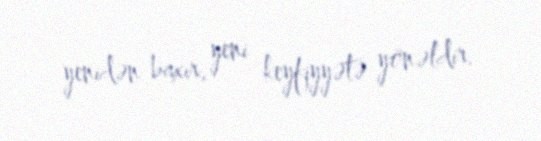
yenidən baxır, yeni keyfiyyətə yönəldir.